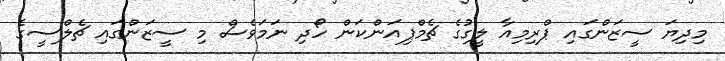
މިދިޔަ ސީޒަންގައި ޕްރިމިއާ ލީގުގެ ޗެމްޕިއަންކަން ހޯދި ނަމަވެސް މި ސީޒަންގައި ޗެލްސީގެ